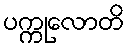
ပက္ကုလောတိ